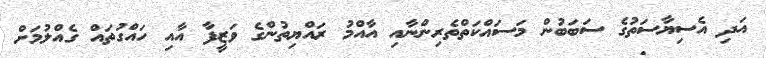
އަދި އެސިޔާސަތުގެ ސަބަބުން މަސައްކަތްތެރިންނާއި އާއްމު ރައްޔިތުންގެ ވަޒީފާ އާއި ހައްގުތައް ގެއްލުމަށް